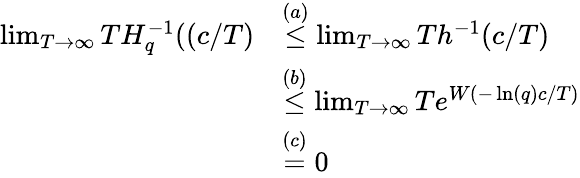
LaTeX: \begin{array}{rl}{\operatorname*{lim}_{T\rightarrow{\infty}}TH_{q}^{-1}((c/T)}&{\overset{(a)}{\leq}\operatorname*{lim}_{T\rightarrow{\infty}}Th^{-1}(c/T)}\\ &{\overset{(b)}{\leq}\operatorname*{lim}_{T\rightarrow{\infty}}Te^{W(-\ln(q)c/T)}}\\ &{\overset{(c)}{=}0}\end{array}